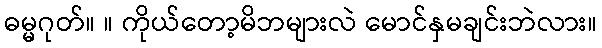
ဓမ္မဂုတ်။ ။ ကိုယ်တော့မိဘများလဲ မောင်နှမချင်းဘဲလား။